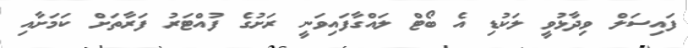
ފައިސަލް ވިދާޅުވީ ލަކުޑި އެ ބޯޓް ލައްގާފައިވަނީ ރަށުގެ ފުއްޓަރު ފަރާތަށް ކަމަށާއި